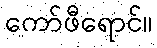
ကော်ဖီရောင်။